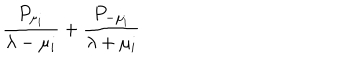
LaTeX: { { \frac { P _ { \mu _ { i } } } { \lambda - \mu _ { i } } } + { \frac { P _ { - \mu _ { i } } } { \lambda + \mu _ { i } } } }